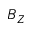
B _ { Z }